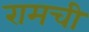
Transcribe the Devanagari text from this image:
रामची